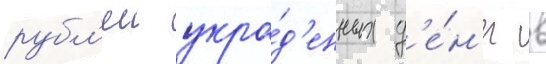
рубл'еи укра́д'енных д'е́н'ег в